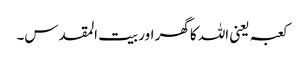
کعبہ یعنی اللہ کا گھر اور بیت المقدس۔